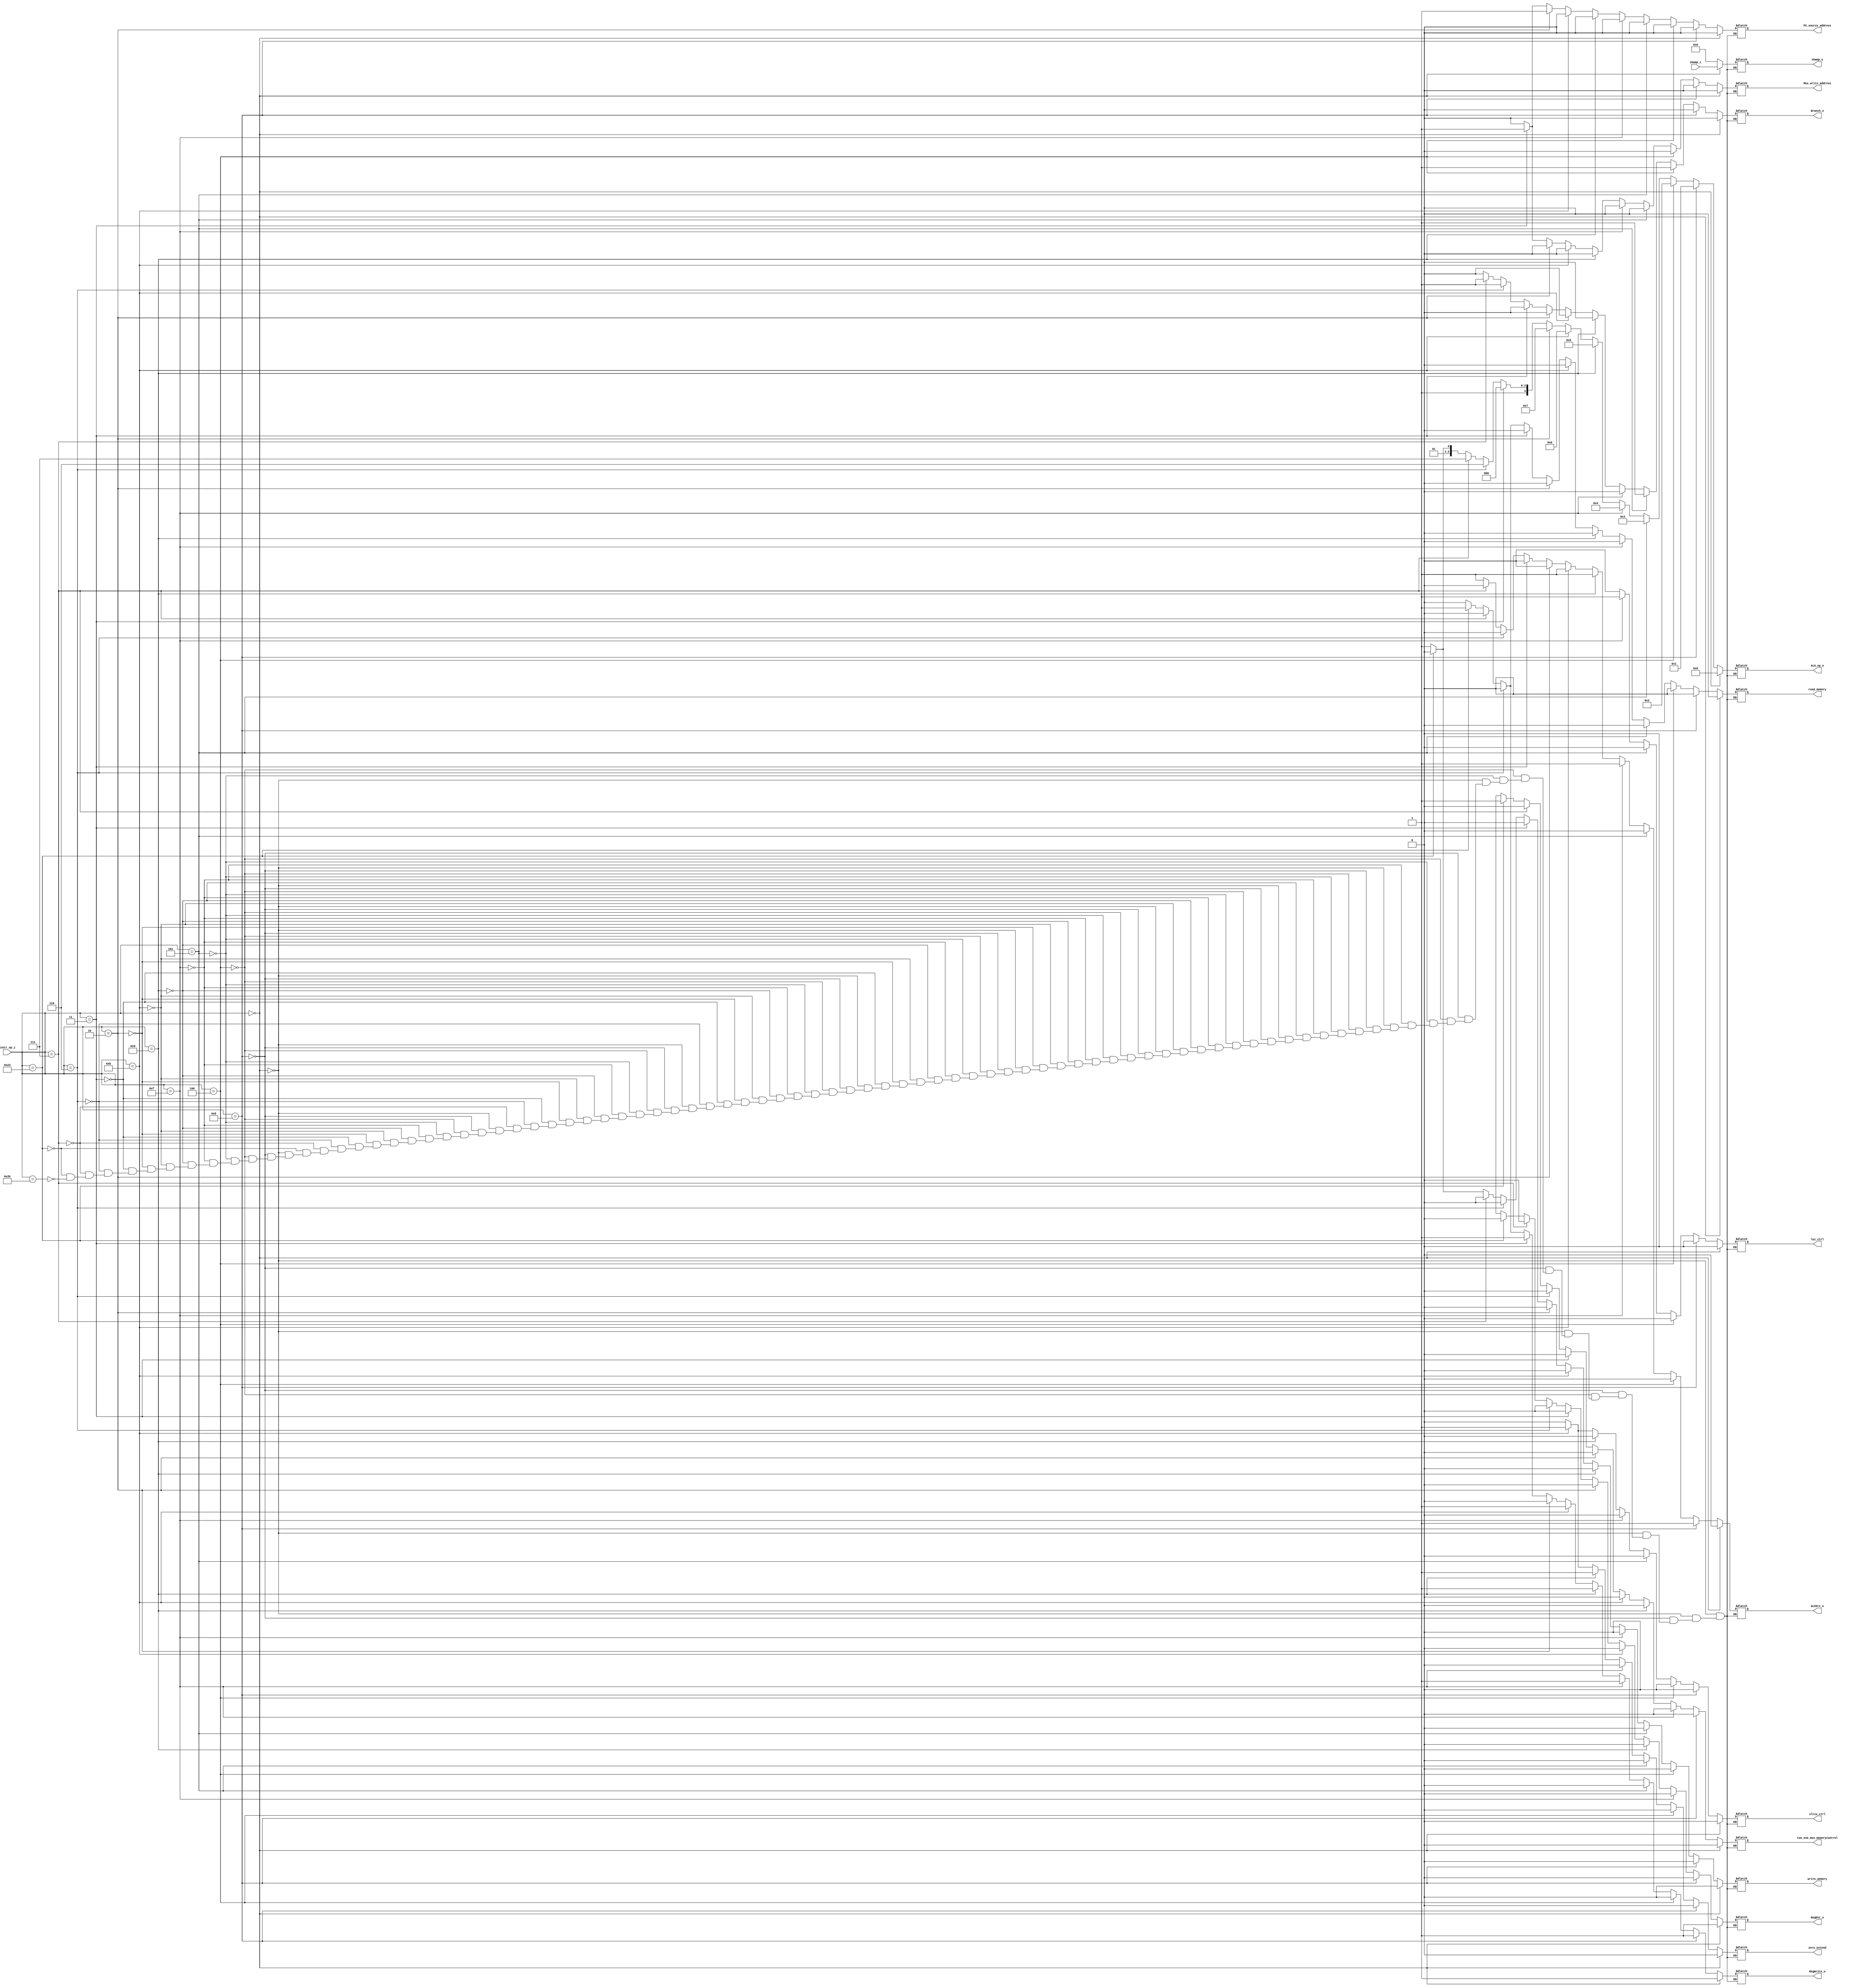

module Decoder(
    instr_op_i,
    RegWrite_o,
    ALU_op_o,
    ALUSrc_o,
    RegDst_o,
    Branch_o,
    zero_extend,
    lui_ctrl,
    sltiu_ctrl,
    shamp_i,
    shamp_o,
    PC_source_address,
    Mux_write_address,
    two_one_mux_memorycontrol,
    read_memory,
    write_memory,
    );

//I/O ports
input  [6-1:0] instr_op_i;
input  [5-1:0] shamp_i;

output         RegWrite_o;
output [4-1:0] ALU_op_o;
output         ALUSrc_o;
output         RegDst_o;
output         Branch_o;

output         sltiu_ctrl;
output         lui_ctrl;
output         zero_extend;
output  [5-1:0] shamp_o;

/////////////////new output/////////////////////////
output		   PC_source_address;
output		   Mux_write_address;
output		   two_one_mux_memorycontrol;
output		   read_memory;
output		   write_memory;


//Internal Signals
reg    [4-1:0] ALU_op_o;
reg            ALUSrc_o;
reg            RegWrite_o;
reg            RegDst_o;
reg            Branch_o;
reg            zero_extend;
reg            lui_ctrl;
reg            sltiu_ctrl;
reg    [5-1:0] shamp_o;

/////////////////new reg/////////////////////////
reg		        PC_source_address;
reg    		    Mux_write_address;
reg		   		two_one_mux_memorycontrol;
reg		   		read_memory;
reg		  		write_memory;



always @(*) begin
	
	if(instr_op_i==6'b000000)begin   //R-types
		RegDst_o = 1'b1;
		Branch_o = 1'b0;
		ALUSrc_o = 1'b0;
		RegWrite_o = 1'b1;
		zero_extend = 1'b0;
		lui_ctrl = 1'b0;
		sltiu_ctrl = 1'b0;
		ALU_op_o = 4'b0000;
		shamp_o = shamp_i;		
		///////////////////////////////////
		Mux_write_address = 1'b0;
		PC_source_address = 1'b0;
		two_one_mux_memorycontrol = 1'b0;
		read_memory = 1'b0;
		write_memory = 1'b0;
	end else if(instr_op_i==6'b001000)begin  //addi
		RegDst_o = 1'b0;
		Branch_o = 1'b0;
		ALUSrc_o = 1'b1;
		RegWrite_o = 1'b1;
		zero_extend = 1'b0;
		lui_ctrl = 1'b0;
		sltiu_ctrl = 1'b0;
		ALU_op_o = 4'b0001;
		shamp_o = 5'b00000;
		///////////////////////////////////
		Mux_write_address = 1'b0;
		PC_source_address = 1'b0;
		two_one_mux_memorycontrol = 1'b0;
		read_memory = 1'b0;
		write_memory = 1'b0;
	end else if(instr_op_i==6'b000100)begin  //beq
		RegDst_o = 1'bx;
		Branch_o = 1'b1;
		ALUSrc_o = 1'b0;
		RegWrite_o = 1'b0;
		zero_extend = 1'b0;
		lui_ctrl = 1'b0;
		sltiu_ctrl = 1'b0;
		ALU_op_o = 4'b0010;
		shamp_o = 5'b00000;
		///////////////////////////////////
		Mux_write_address = 1'b0;
		PC_source_address = 1'b0;
		two_one_mux_memorycontrol = 1'bx;
		read_memory = 1'b0;
		write_memory = 1'b0;
	end else if(instr_op_i==6'b000101)begin  //bne
		RegDst_o = 1'bx;
		Branch_o = 1'b1;
		ALUSrc_o = 1'b0;
		RegWrite_o = 1'b0;
		zero_extend = 1'b0;
		lui_ctrl = 1'b0;
		sltiu_ctrl = 1'b0;
		ALU_op_o = 4'b0011;
		shamp_o = 5'b00000;
		///////////////////////////////////
		Mux_write_address = 1'b0;
		PC_source_address = 1'b0;
		two_one_mux_memorycontrol = 1'bx;
		read_memory = 1'b0;
		write_memory = 1'b0;
	end else if(instr_op_i==6'b001111)begin  //lui
		RegDst_o = 1'b0;
		Branch_o = 1'b0;
		ALUSrc_o = 1'b1;
		RegWrite_o = 1'b1;
		zero_extend = 1'b0;
		lui_ctrl = 1'b1;
		sltiu_ctrl = 1'b0;
		ALU_op_o = 4'b0100;
		shamp_o = 5'b00000;
		///////////////////////////////////
		Mux_write_address = 1'b0;
		PC_source_address = 1'b0;
		two_one_mux_memorycontrol = 1'b0;
		read_memory = 1'b0;
		write_memory = 1'b0;
	end else if(instr_op_i==6'b001101)begin  //ori
		RegDst_o = 1'b0;
		Branch_o = 1'b0;
		ALUSrc_o = 1'b1;
		RegWrite_o = 1'b1;
		zero_extend = 1'b1;
		lui_ctrl = 1'b0;
		sltiu_ctrl = 1'b0;
		ALU_op_o = 4'b0101;
		shamp_o = 5'b00000;
		///////////////////////////////////
		Mux_write_address = 1'b0;
		PC_source_address = 1'b0;
		two_one_mux_memorycontrol = 1'b0;
		read_memory = 1'b0;
		write_memory = 1'b0;
	end else if(instr_op_i==6'b001011)begin  //sltiu
		RegDst_o = 1'b0;
		Branch_o = 1'b0;
		ALUSrc_o = 1'b1;
		RegWrite_o = 1'b1;
		zero_extend = 1'b1;
		lui_ctrl = 1'b0;
		sltiu_ctrl = 1'b1;
		ALU_op_o = 4'b0110;
		shamp_o = 5'b00000;
		///////////////////////////////////
		Mux_write_address = 1'b0;
		PC_source_address = 1'b0;
		two_one_mux_memorycontrol = 1'b0;
		read_memory = 1'b0;
		write_memory = 1'b0;
	end else if(instr_op_i==6'b000010)begin  //jump
		RegDst_o = 1'b0;
		Branch_o = 1'b0;
		ALUSrc_o = 1'b0;
		RegWrite_o = 1'b0;
		zero_extend = 1'b0;
		lui_ctrl = 1'b0;
		sltiu_ctrl = 1'b0;
		ALU_op_o = 4'b0111;
		shamp_o = 5'b00000;
		///////////////////////////////////
		Mux_write_address = 1'b0;
		PC_source_address = 1'b1;
		two_one_mux_memorycontrol = 1'b0;
		read_memory = 1'b0;
		write_memory = 1'b0;
	end else if(instr_op_i==6'b000011)begin  //jal
		RegDst_o = 1'b0;
		Branch_o = 1'b0;
		ALUSrc_o = 1'b0;
		RegWrite_o = 1'b1;
		zero_extend = 1'b0;
		lui_ctrl = 1'b0;
		sltiu_ctrl = 1'b0;
		ALU_op_o = 4'b1000;
		shamp_o = 5'b00000;
		///////////////////////////////////
		Mux_write_address = 1'b1;
		PC_source_address = 1'b1;
		two_one_mux_memorycontrol = 1'b0;
		read_memory = 1'b0;
		write_memory = 1'b0;
	end else if(instr_op_i==6'b000110)begin  //blez
		RegDst_o = 1'b0;
		Branch_o = 1'b1;
		ALUSrc_o = 1'b0;
		RegWrite_o = 1'b0;
		zero_extend = 1'b0;
		lui_ctrl = 1'b0;
		sltiu_ctrl = 1'b0;
		ALU_op_o = 4'b1110;
		shamp_o = 5'b00000;
		///////////////////////////////////
		Mux_write_address = 1'b0;
		PC_source_address = 1'b0;
		two_one_mux_memorycontrol = 1'b0;
		read_memory = 1'b0;
		write_memory = 1'b0;
	end else if(instr_op_i==6'b000111)begin  //bgtz
		RegDst_o = 1'b0;
		Branch_o = 1'b1;
		ALUSrc_o = 1'b0;
		RegWrite_o = 1'b0;
		zero_extend = 1'b0;
		lui_ctrl = 1'b0;
		sltiu_ctrl = 1'b0;
		ALU_op_o = 4'b1111;
		shamp_o = 5'b00000;
		///////////////////////////////////
		Mux_write_address = 1'b0;
		PC_source_address = 1'b0;
		two_one_mux_memorycontrol = 1'b0;
		read_memory = 1'b0;
		write_memory = 1'b0;
	end else if(instr_op_i==6'b100011)begin  //lw
		RegDst_o = 1'b0;
		ALUSrc_o = 1'b1;
		RegWrite_o = 1'b1;
		Branch_o = 1'b0;
		ALU_op_o = 4'b1010;
		zero_extend = 1'b0;
		lui_ctrl = 1'b0;
		sltiu_ctrl = 1'b0;
		shamp_o = 5'b00000;
		///////////////////////////////////
		Mux_write_address = 1'b0;
		PC_source_address = 1'b0;
		two_one_mux_memorycontrol = 1'b1;
		read_memory = 1'b1;
		write_memory = 1'b0;
	end else if(instr_op_i==6'b101011)begin  //sw
		RegDst_o = 1'bx;
		ALUSrc_o = 1'b1;
		RegWrite_o = 1'b0;
		Branch_o = 1'b0;
		ALU_op_o = 4'b1011;		
		zero_extend = 1'b0;
		lui_ctrl = 1'b0;
		sltiu_ctrl = 1'b0;
		shamp_o = 5'b00000;
		///////////////////////////////////
		Mux_write_address = 1'b0;
		PC_source_address = 1'b0;
		two_one_mux_memorycontrol = 1'bx;
		read_memory = 1'b0;
		write_memory = 1'b1;
	end
end




endmodule